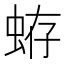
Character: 𧋃